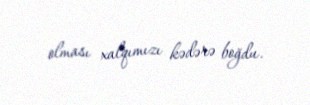
olması xalqımızı kədərə boğdu.